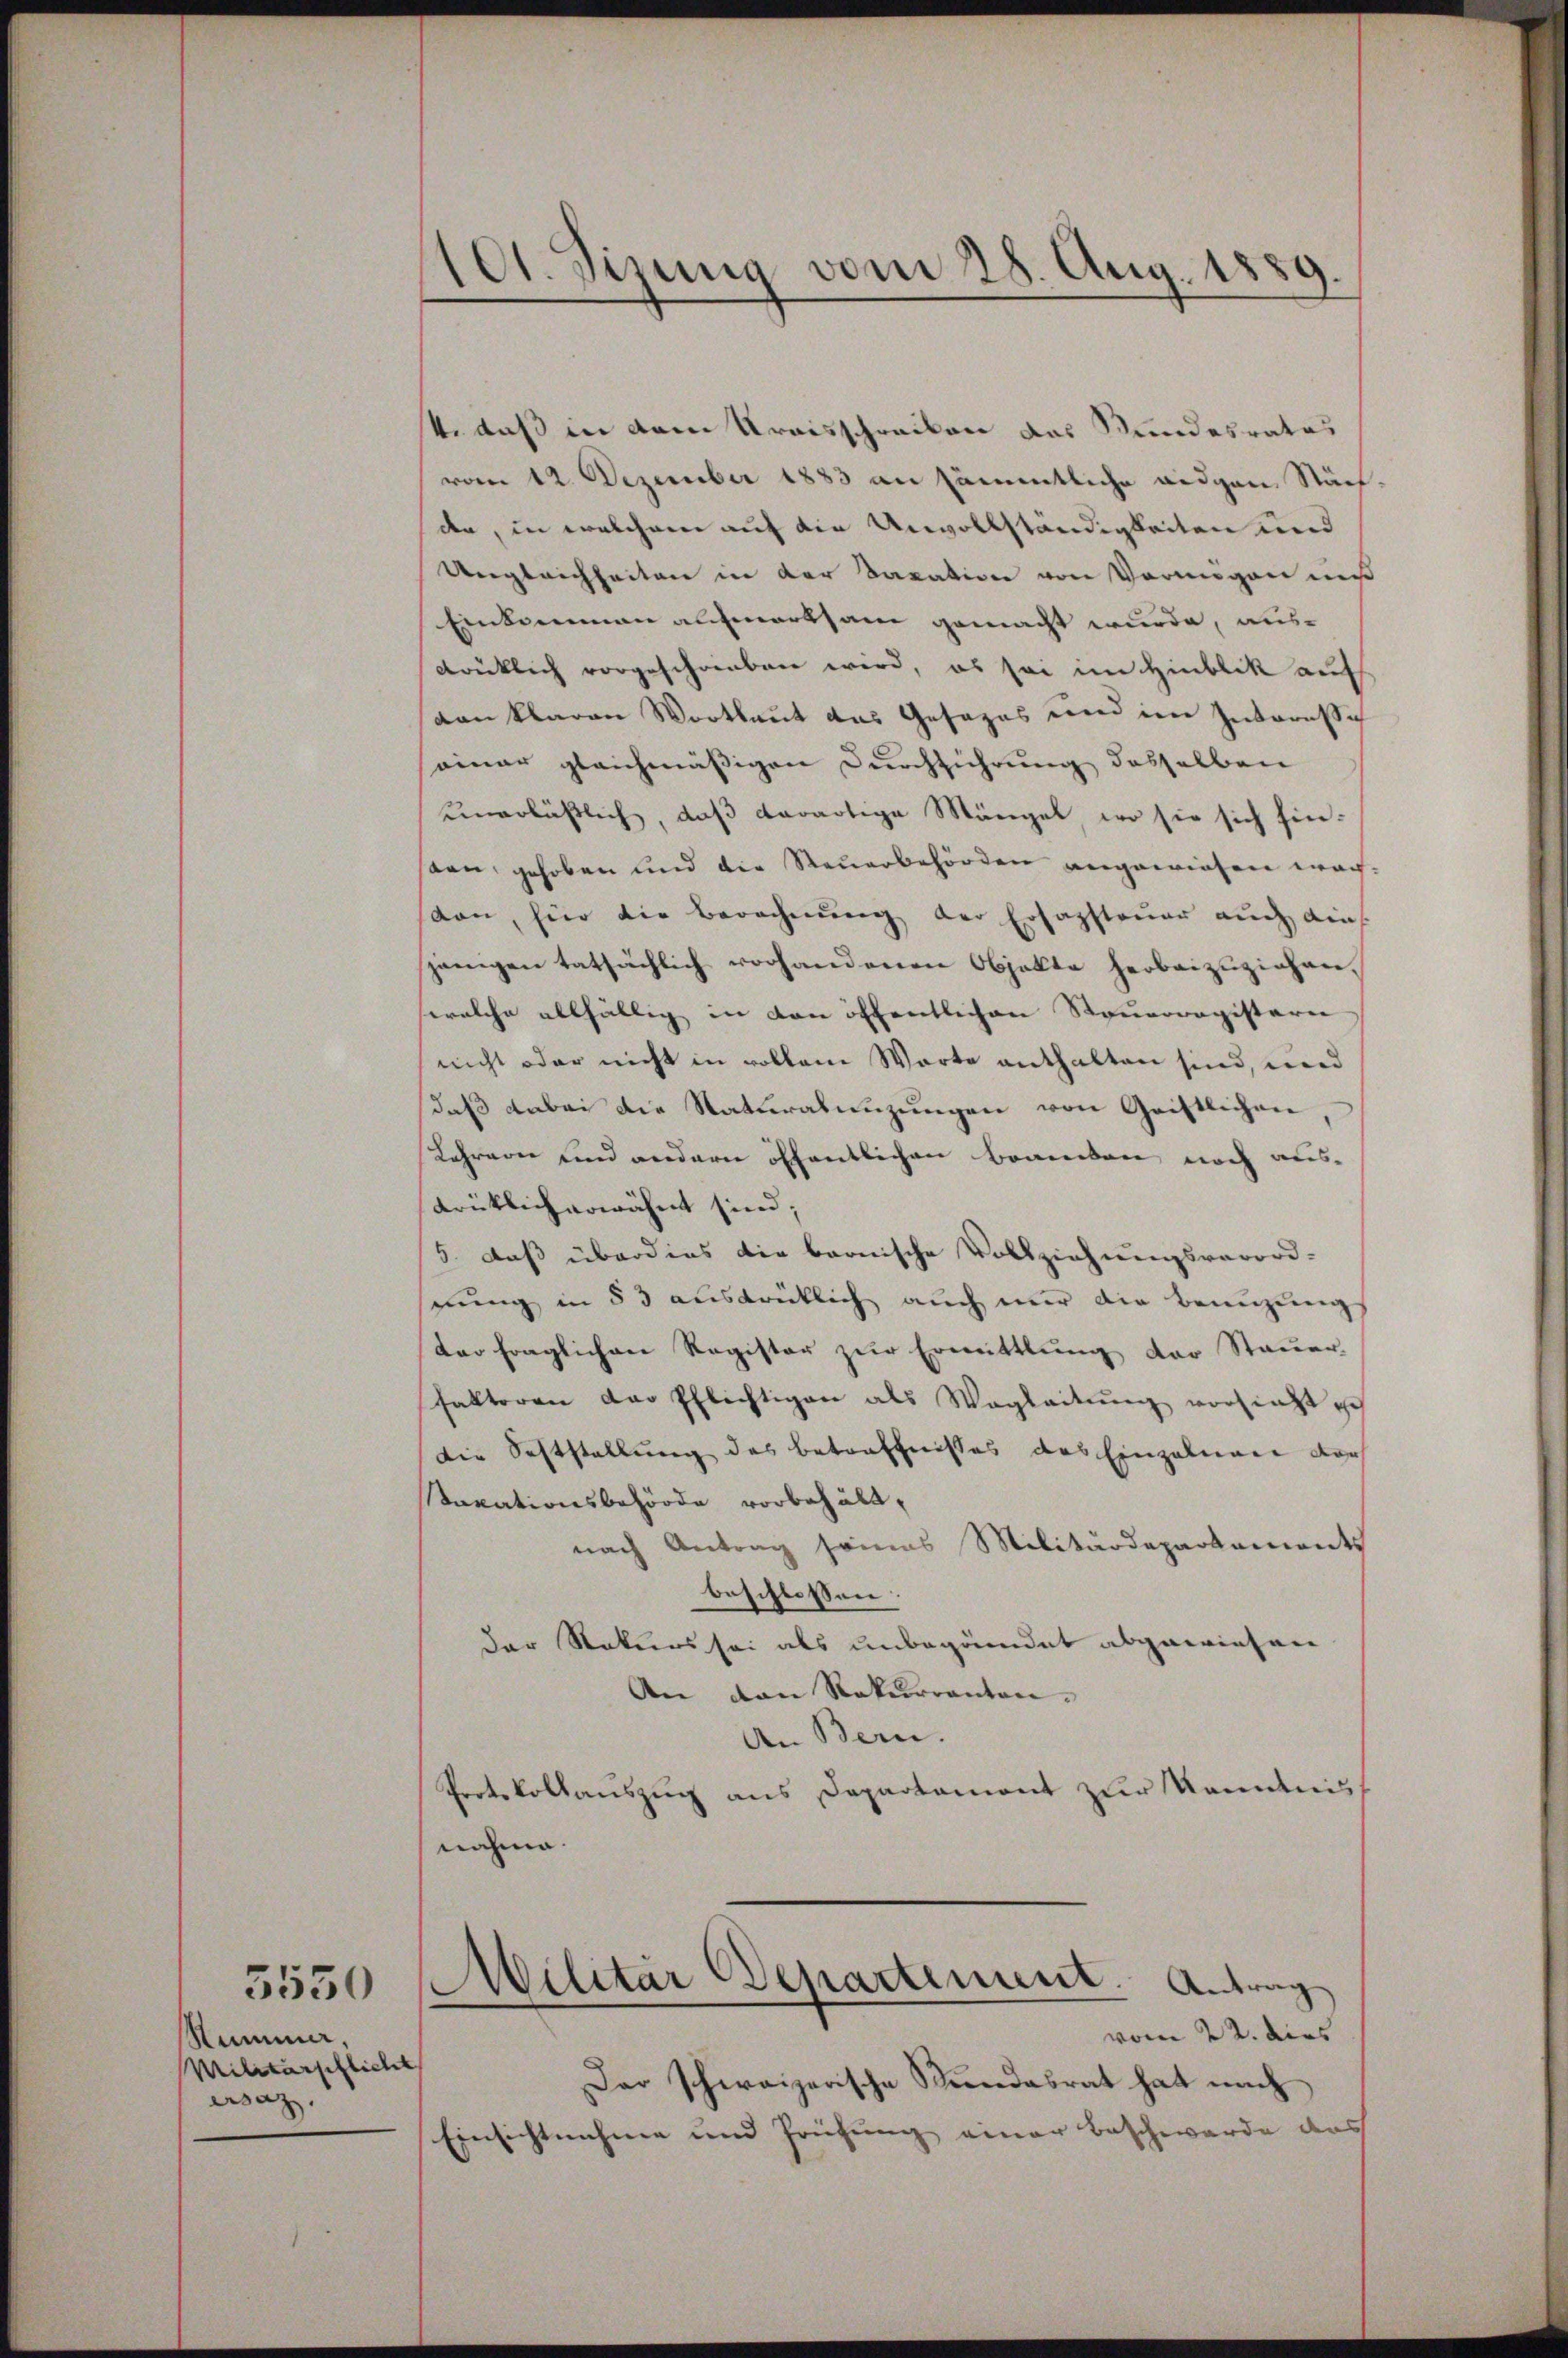
5550
Summer,
Militärpflicht
esaz.

101. Sizung vom 28. Aug. 1889.

t, daß in dem Kraisschreiben das Stundesrates
vom 12. Dezember 1883 an sämentliche eidgen Stächden, in welchem auf die Unvollständigkeiten und
Ungleichheiten in der Sacation von Vermögen muß
Einkommen aufmerksam gemacht wurde, aus-
drücklich vorgeschrieben wird, es sei im Hinblik auf
vanklaren Wortlaut das Gesezes und im Interessi
seiner gleichmäßigen Durchführung desselben
unerläßlich, daß derartige Mängel, wo sie sich hin-
dan gehoben und die Steuerbehörden angewiesen wachvon, für die Berechnŭng der Ersazsteuer auch ain
janigen tatsächlich vorhandenen Objekte herbeizuziehen.
welche allfällig in den öffentlichen Steŭerragistern
nicht oder nicht in vollem Warte enthalten sind, und
daβ dabei die Naturalengŭngen von Geistlichen,
Lehrern und andern öffentlichen Brancken noch ausdrüklich erwähnt sind;
5. daß überdies die bonische Vollziehungsverord-
gung in § 3 ausdrüklich auch mir die Benuzung
der fraglichen Register zur Ermittlung der Stauer
falteren der Pflichtigen als Wegleitŭng vorsieht e
Die Seltstellung des Betreffnisses das Einzelnen dar
taxationsbehörde vorbehält,
nach Antrag seines Militärdepartements
beschlossen:
der Stokers sei als unbegründet abgewiesen
An den Rekurranten.
An Bern.
Protokollauszug aus Departemont zur Kenntnis
nahme.
Militär Departement. Antrag
vom 22. dies
Der schweizerische Kindesrat hat nach
Einsichtnahme und Prüfung einer Beschwerde das